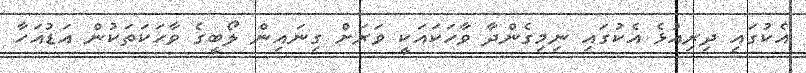
އެކުގައި ދިރިއުޅެ އެކުގައި ނިމިގެންދާ ވާހަކައަކީ ވަރަށް ގިނައިން ލޯބީގެ ވާހަކަތަކުން އަޑުއަހާ